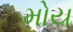
મોય